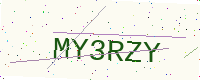
Text: MY3RZY